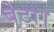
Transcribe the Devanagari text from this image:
बेटा।